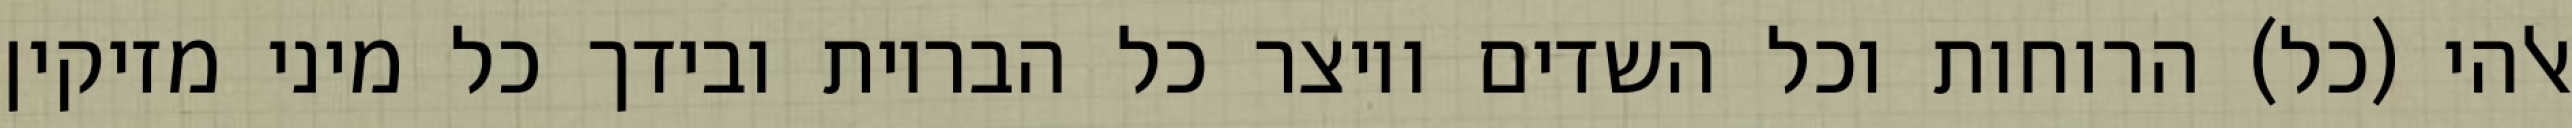
אלהי (כל) הרוחות וכל השדים ויוצר כל הבריות ובידך כל מיני מזיקין